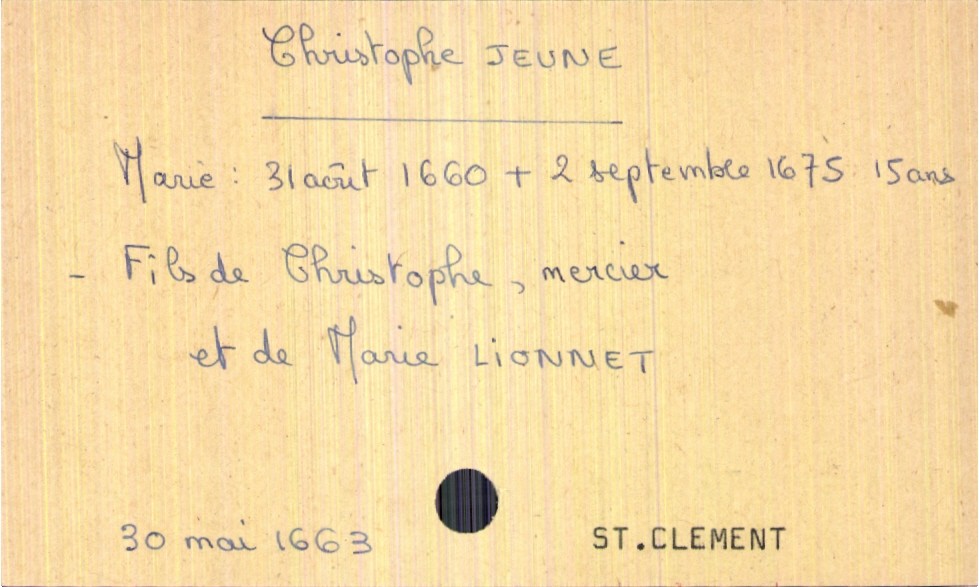
type_acte: Baptême
année: 1663
mois: mai
jour: 30
paroisse: Saint Clement
filiation: fils
enfant_prénom: Christophe
enfant_date_de_naissance: 30 mai 1663
enfant_date_de_décès: 2 septembre 1675
père_enfant_nom: Jeune
père_enfant_prénom: Christophe
père_enfant_profession: mercier
mère_enfant_nom: Lionnet
mère_enfant_prénom: Marie